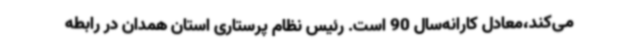
می‌کند،معادل کارانه‌سال 90 است. رئیس نظام پرستاری استان همدان در رابطه